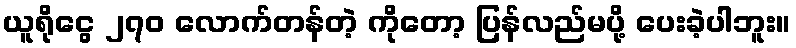
ယူရိုငွေ ၂၇၀ လောက်တန်တဲ့ ကိုတော့ ပြန်လည်မပို့ ပေးခဲ့ပါဘူး။